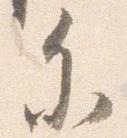
参